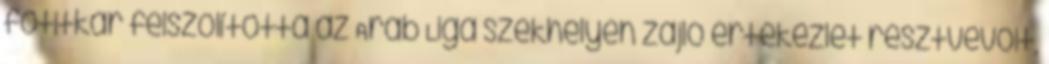
főtitkár felszólította az Arab Liga székhelyén zajló értekezlet résztvevőit,